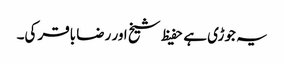
یہ جوڑی ہے حفیظ شیخ اور رضا باقر کی۔